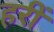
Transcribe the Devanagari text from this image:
हरीं